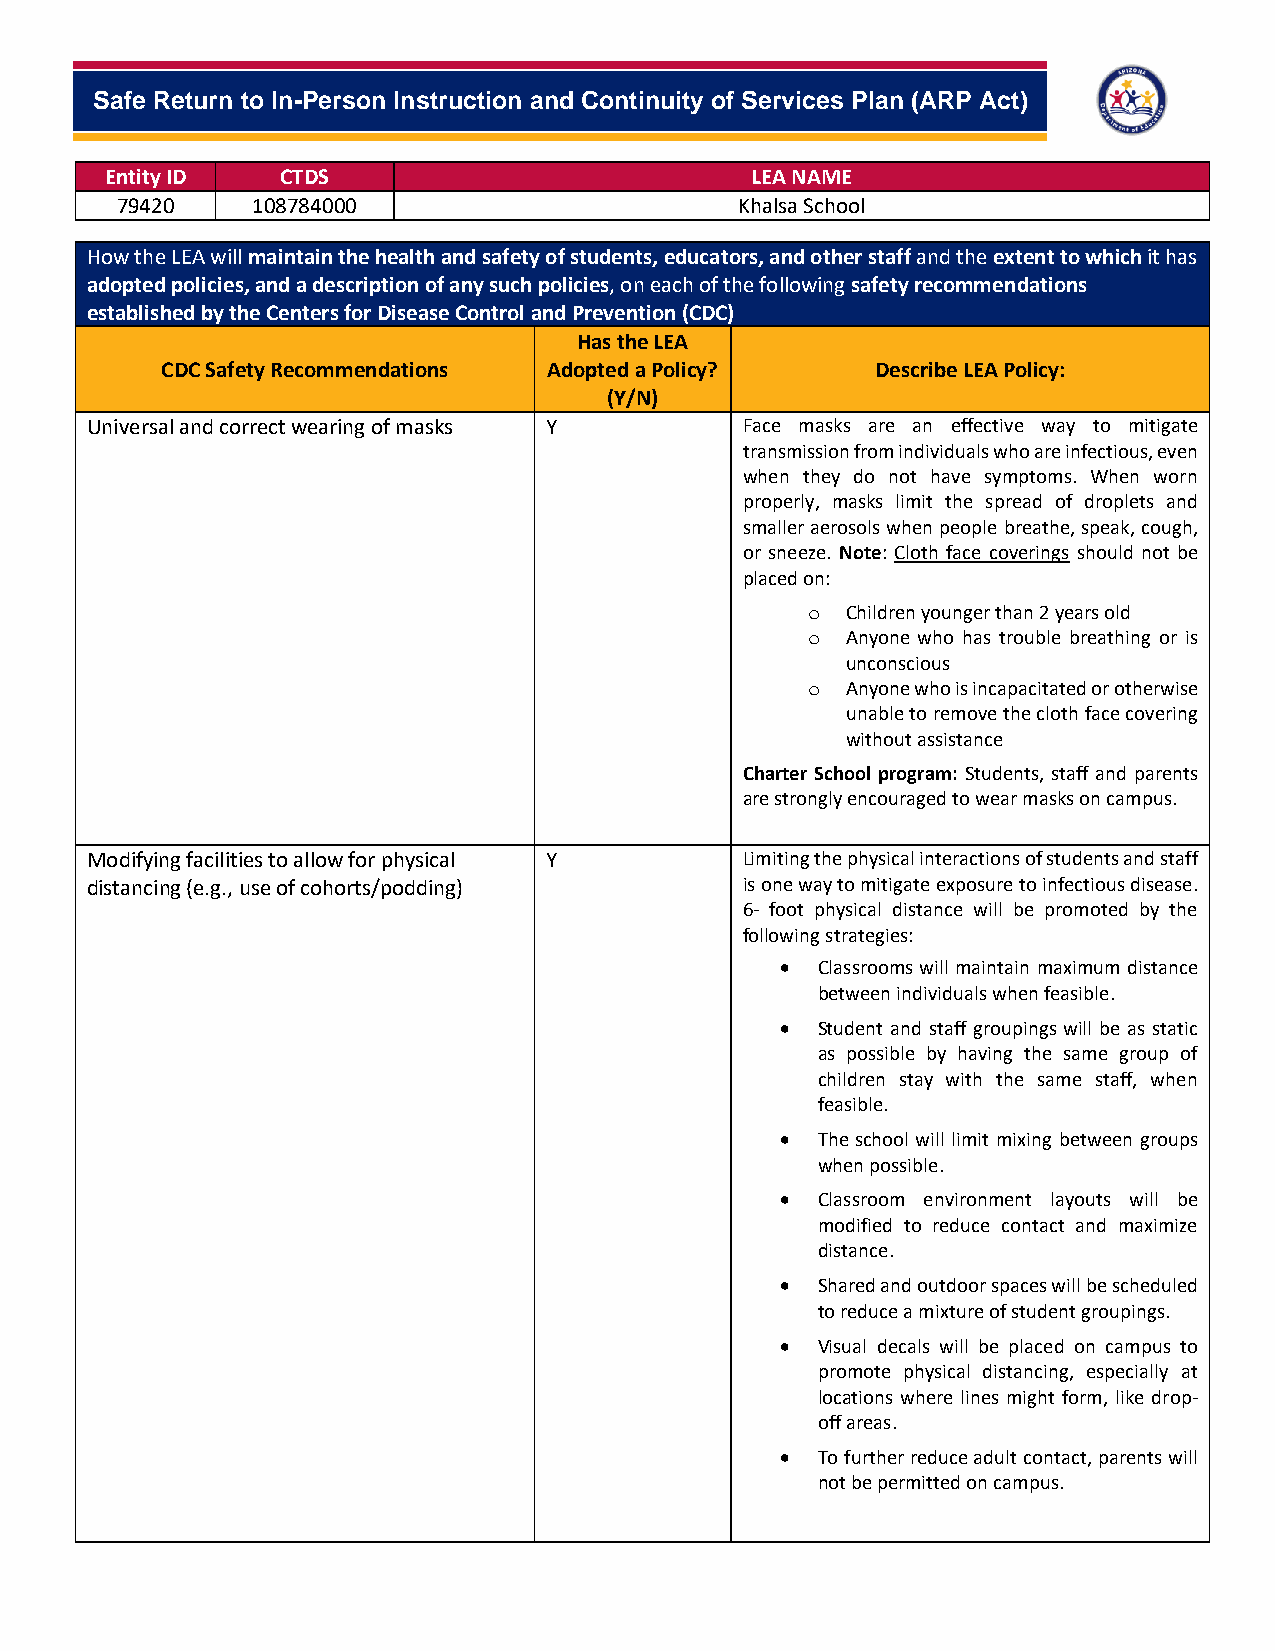
-
 Safe Return to In-Person Instruction and Continuity of Services Plan (ARP Act)
 Entity ID   CTDS                           LEA NAME
 79420    108784000                       Khalsa School
 How the LEA will maintain the health and safety of students, educators, and other staff and the extent to which it has
 adopted policies, and a description of any such policies, on each of the following safety recommendations
 established by the Centers for Disease Control and Prevention (CDC)
 Has the LEA
 CDC Safety Recommendations Adopted a Policy?   Describe LEA Policy:
 (Y/N)
 Universal and correct wearing of masks Y   Face masks are an effective way to mitigate
 transmission from individuals who are infectious, even
 when they do not have symptoms. When worn
 properly, masks limit the spread of droplets and
 smaller aerosols when people breathe, speak, cough,
 or sneeze. Note: Cloth face coverings should not be
 placed on:
 o Children younger than 2 years old
 o Anyone who has trouble breathing or is
 unconscious
 o Anyone who is incapacitated or otherwise
 unable to remove the cloth face covering
 without assistance
 Charter School program: Students, staff and parents
 are strongly encouraged to wear masks on campus.
 Modifying facilities to allow for physical Y Limiting the physical interactions of students and staff
 distancing (e.g., use of cohorts/podding)  is one way to mitigate exposure to infectious disease.
 6- foot physical distance will be promoted by the
 following strategies:
 • Classrooms will maintain maximum distance
 between individuals when feasible.
 • Student and staff groupings will be as static
 as possible by having the same group of
 children stay with the same staff, when
 feasible.
 • The school will limit mixing between groups
 when possible.
 • Classroom environment layouts will be
 modified to reduce contact and maximize
 distance.
 • Shared and outdoor spaces will be scheduled
 to reduce a mixture of student groupings.
 • Visual decals will be placed on campus to
 promote physical distancing, especially at
 locations where lines might form, like drop-
 off areas.
 • To further reduce adult contact, parents will
 not be permitted on campus.